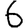
Digit: 6